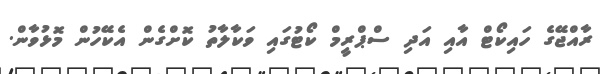
ރާއްޖޭގެ ހައިކޯޓް އާއި އަދި ސްޕްރީމް ކޯޓުގައި ވަކާލާތު ކޮށްގެން އެކޭހުން މޮޅުވާން.